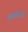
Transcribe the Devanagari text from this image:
तकनिको